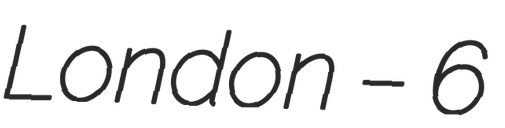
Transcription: London – 6